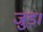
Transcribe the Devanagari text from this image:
जुड़।